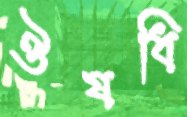
ঔষধি